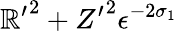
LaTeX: {\mathbb{R}^{\prime}}^{2}+{Z^{\prime}}^{2}\le\epsilon^{-2\sigma_{1}}